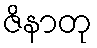
ဇိနာတု